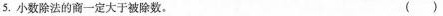
⒌. 小数除法的商一定大于被除数。 ( )